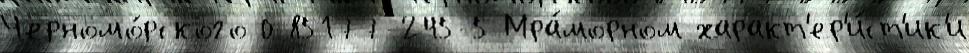
Черномо́рского 0-85177-245-5 Мра́морном характ'ер'и́ст'ик'и